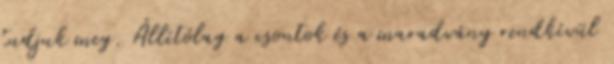
tudjuk meg. Állítólag a csontok és a maradvány rendkívül